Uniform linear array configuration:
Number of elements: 24
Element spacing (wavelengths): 1
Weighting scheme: cosine
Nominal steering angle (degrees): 60
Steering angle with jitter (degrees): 59.572
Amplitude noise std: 0.05
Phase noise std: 0.05

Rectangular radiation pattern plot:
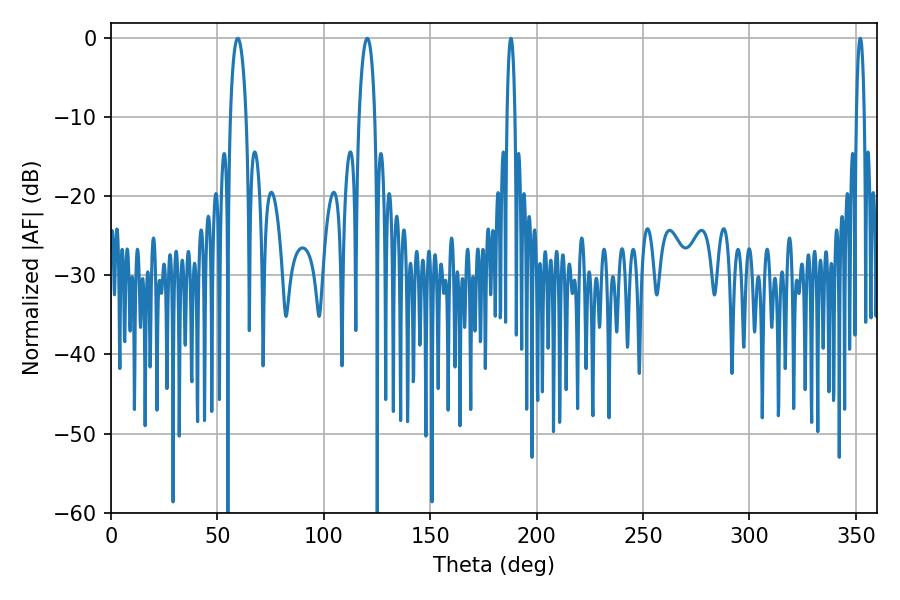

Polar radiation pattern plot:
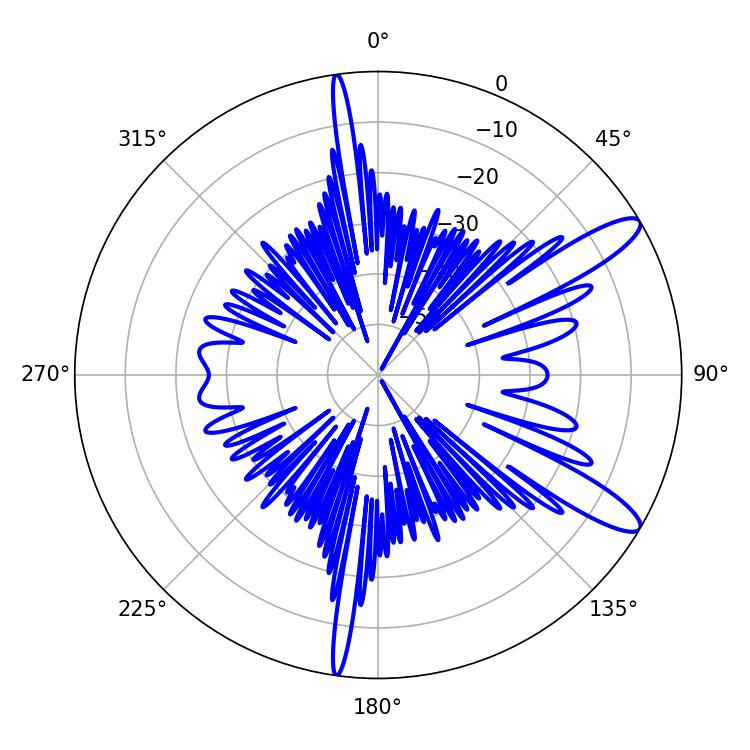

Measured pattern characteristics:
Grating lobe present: TRUE
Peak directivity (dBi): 11.894
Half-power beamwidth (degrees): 2.16
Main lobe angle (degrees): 187.92